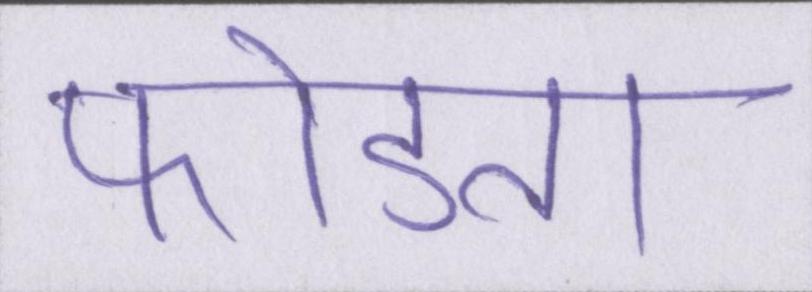
फोडता